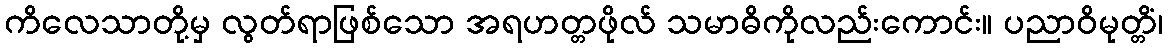
ကိလေသာတို့မှ လွတ်ရာဖြစ်သော အရဟတ္တဖိုလ် သမာဓိကိုလည်းကောင်း။ ပညာဝိမုတ္တိံ၊